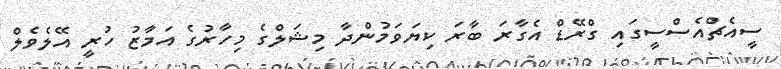
ސީއެޗްއެސްސީގައި ގްރޭޑް އެގާރަ ބާރަ ކިޔަވަމުންދާ މިޝަލްގެ މިހާރުގެ އަމާޒު ހުރީ އޭލެވެލް